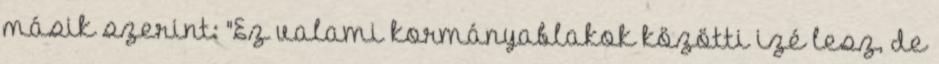
másik szerint: "Ez valami kormányablakok közötti izé lesz, de